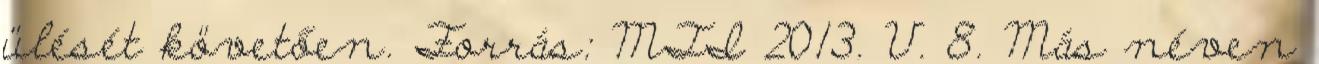
ülését követően. Forrás: MTI 2013. V. 8. Más néven